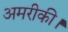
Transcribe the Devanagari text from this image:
अमरीकी।